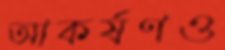
আকর্ষণও